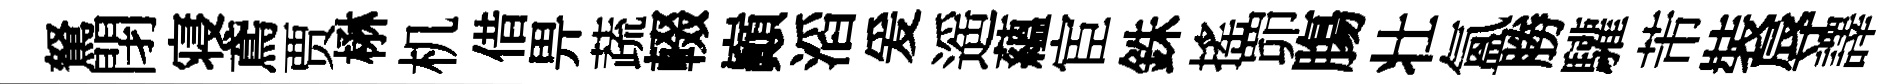
駑閉寝鳶贾楙机借畀蔬輟巔滔爰遥蘊宦銖搖𦊑膓壮氳勝驩芾裝辱譯